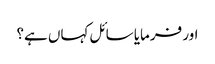
اور فرمایا سائل کہاں ہے؟